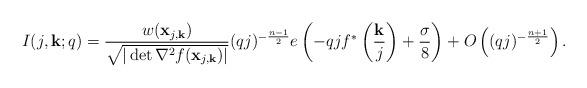
LaTeX: \begin{align*}I(j,\mathbf{k};q)=\frac{w(\mathbf{x}_{j,\mathbf{k}})}{\sqrt{|\det\nabla^2f(\mathbf{x}_{j,\mathbf{k}})|}}(qj)^{-\frac{n-1}2}e\left(-qjf^*\left(\frac{\mathbf{k}}{j}\right)+\frac{\sigma}8\right)+O\left((qj)^{-\frac{n+1}2}\right).\end{align*}